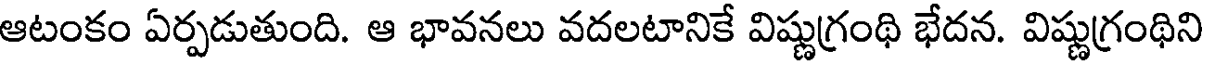
ఆటంకం ఏర్పడుతుంది. ఆ భావనలు వదలటానికే విష్ణుగ్రంథి భేదన. విష్ణుగ్రంథిని